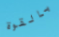
بالقوة